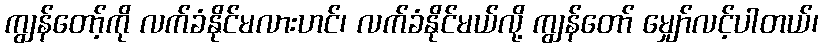
ကျွန်တော့်ကို လက်ခံနိုင်မလားဟင်၊ လက်ခံနိုင်မယ်လို့ ကျွန်တော် မျှော်လင့်ပါတယ်၊